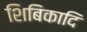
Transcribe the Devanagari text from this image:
शिबिकादि